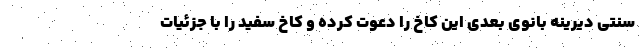
سنتی دیرینه بانوی بعدی این کاخ را دعوت کرده و کاخ سفید را با جزئیات